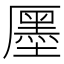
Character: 㕓